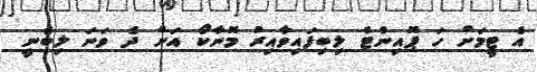
އެ ޓީމަށް ހަ ޕޮއިންޓް ލިބިފައިވާއިރު މޮނާކޯ އަށް ދެ ވަނަ ލިބެނީ